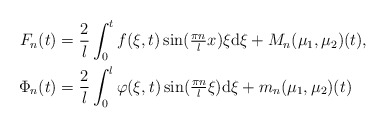
\begin{align*} F_{n}(t) &= \frac{2}{l} \int_{0}^{t} f(\xi, t) \sin(\tfrac{\pi n}{l} x) \xi \mathrm{d}\xi + M_{n}(\mu_{1}, \mu_{2})(t), \\ \Phi_{n}(t) &= \frac{2}{l} \int_{0}^{l} \varphi(\xi, t) \sin(\tfrac{\pi n}{l} \xi) \mathrm{d}\xi + m_{n}(\mu_{1}, \mu_{2})(t) \end{align*}